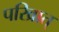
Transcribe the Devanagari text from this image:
परिव्रात्